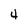
Character: 4